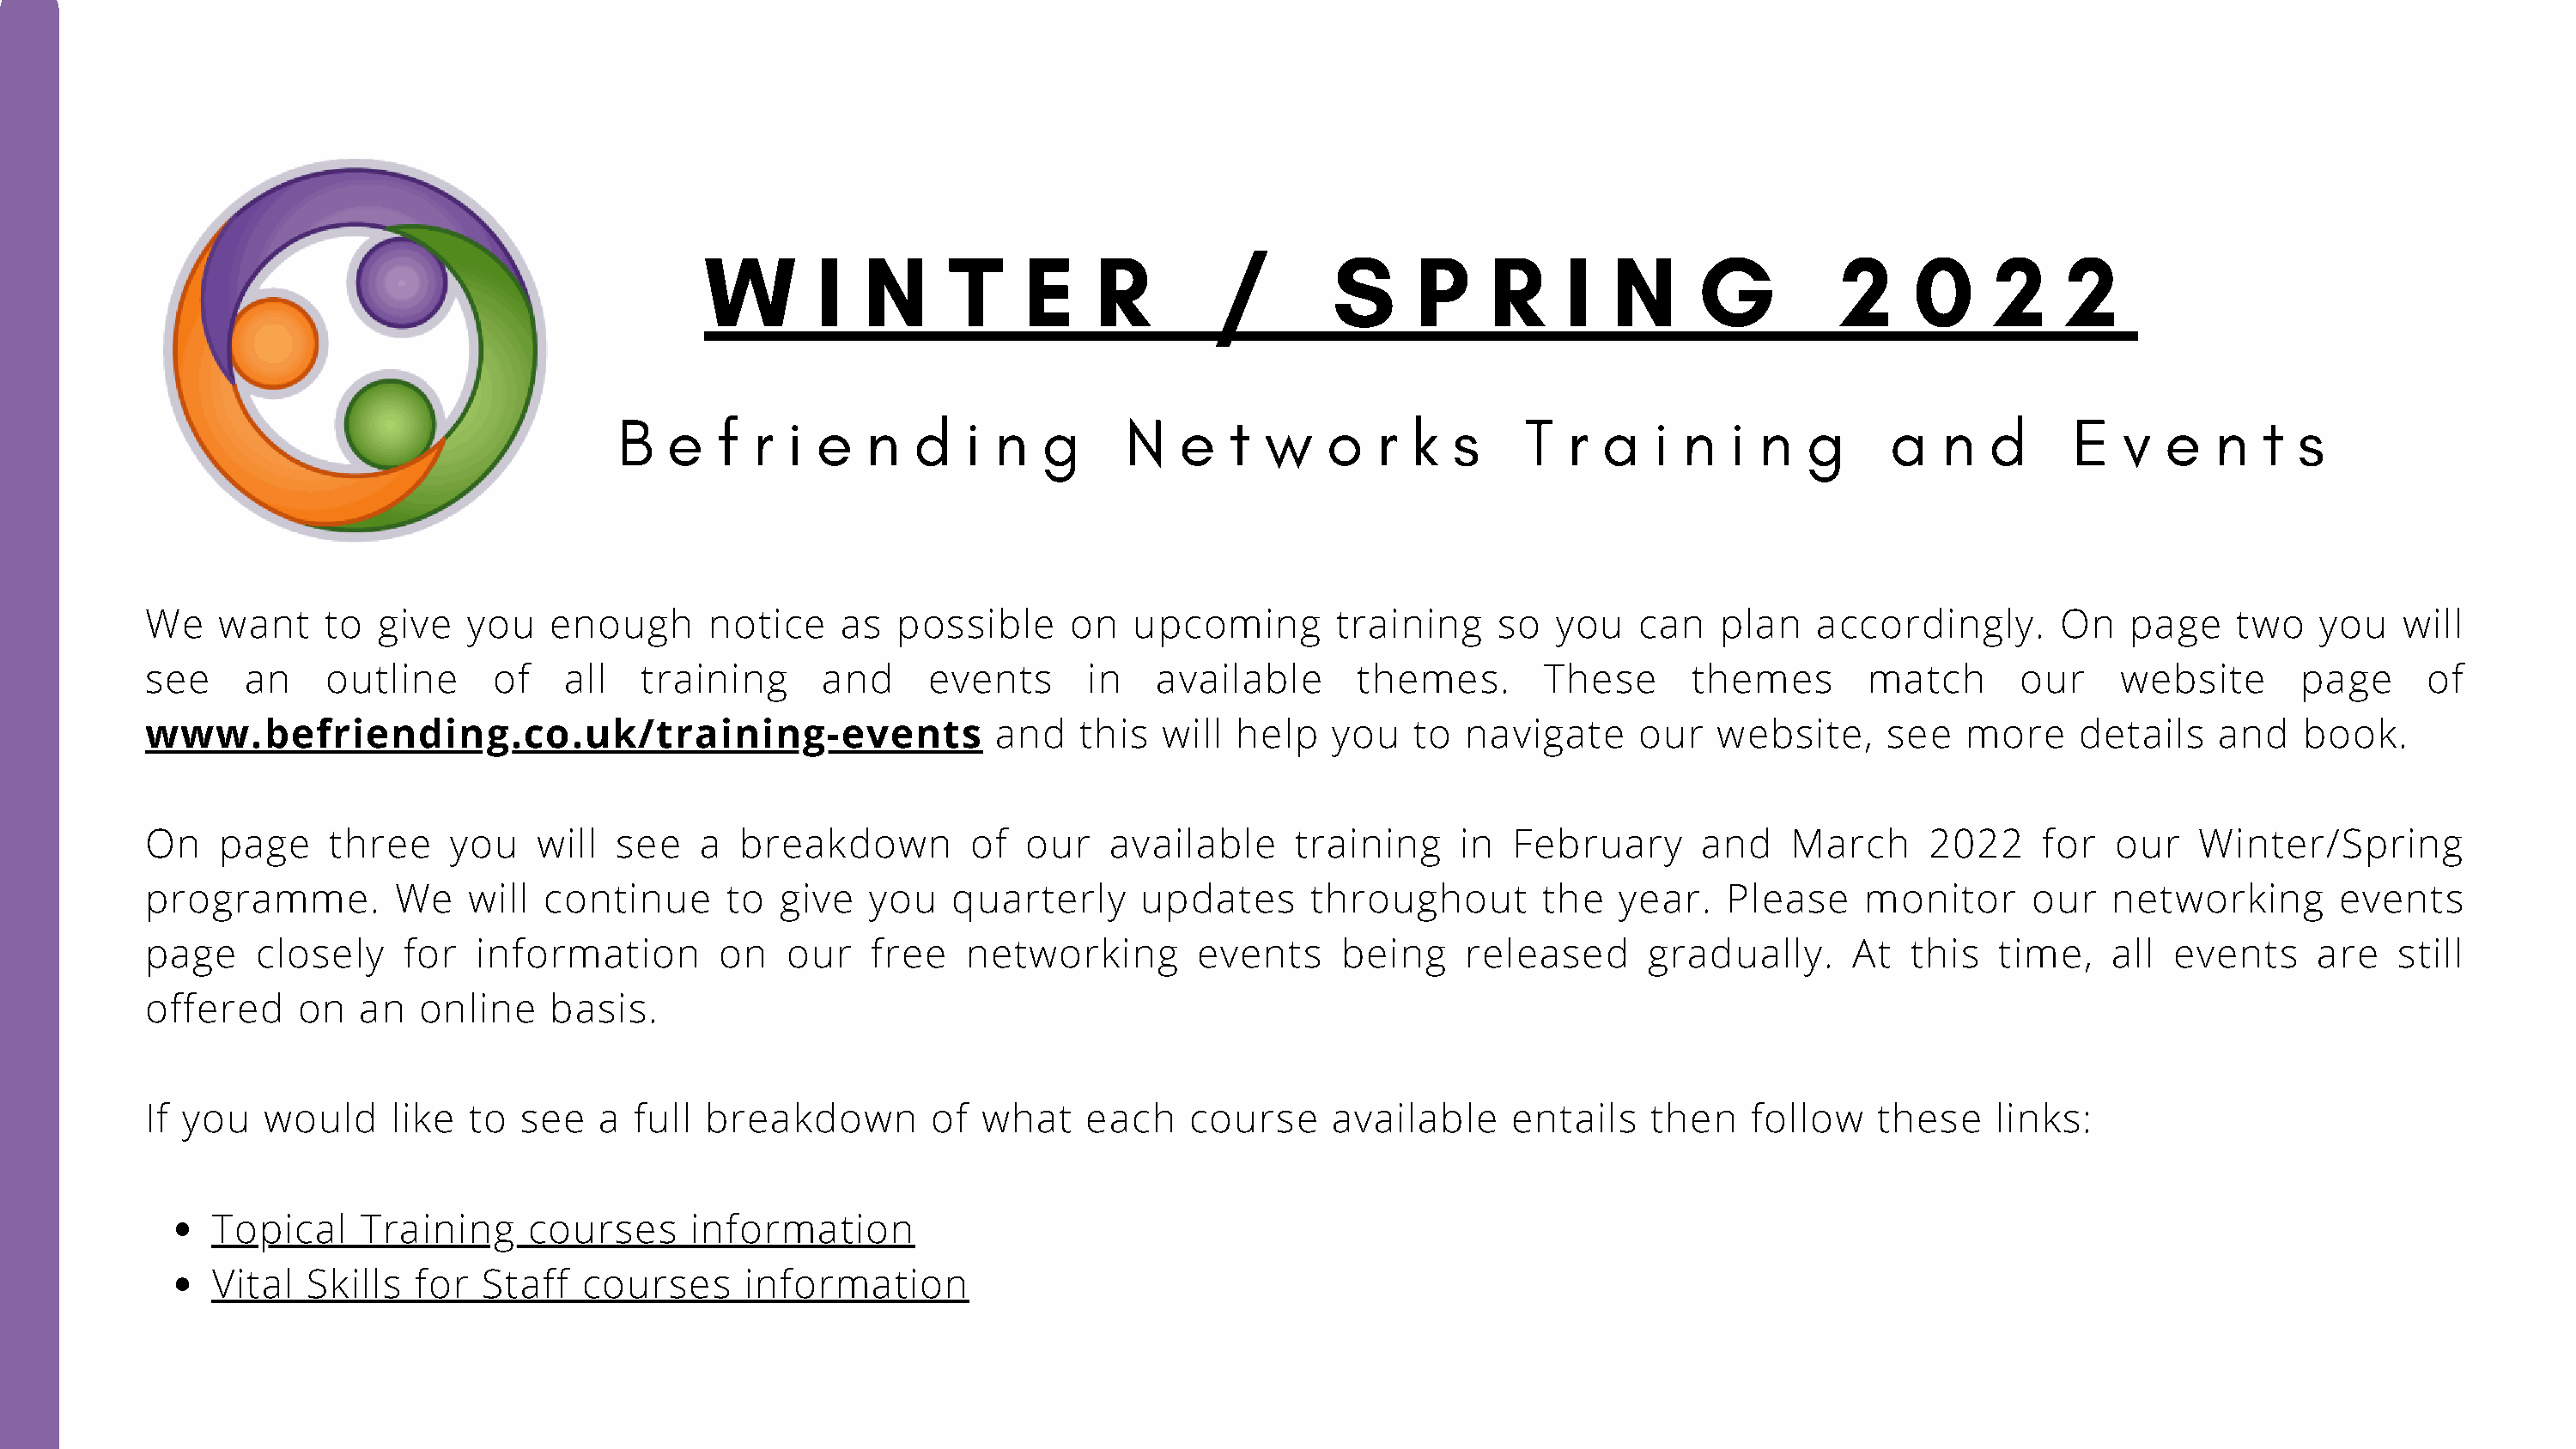
W        I   N     T     E    R         /        S     P     R     I  N      G          2    0      2    2
 B  e   f  r  i e   n  d   i  n  g      N   e   t w    o   r  k  s     T  r  a  i  n  i  n  g      a   n  d      E   v  e   n  t  s
 We    want    to  give   you   enough       notice    as  possible     on   upcoming        training    so   you   can    plan   accordingly.       On   page    two    you   will
 see     an    outline      of   all   training      and      events      in   available       themes.       These      themes        match       our    website       page      of
 www.befriending.co.uk/training-events                             and   this   will help    you   to  navigate     our   website,     see    more    details    and    book.
 On    page    three     you   will  see    a  breakdown         of  our    available     training     in  February      and    March      2022    for   our    Winter/Spring
 programme.         We    will  continue      to  give   you   quarterly      updates      throughout        the   year.   Please     monitor      our   networking       events
 page     closely    for   information       on    our   free   networking        events     being     released      gradually.      At  this   time,    all  events     are   still
 offered     on   an  online    basis.
 If you   would     like  to  see   a  full breakdown         of  what    each    course     available     entails   then    follow    these    links:
 Topical     Training     courses     information
 Vital   Skills  for  Staff   courses     information